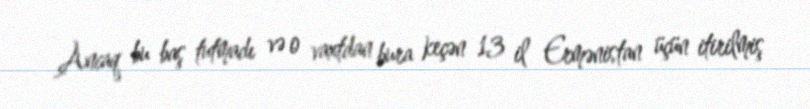
Ancaq bu baş tutmadı və o vaxtdan bura keçən 13 il Ermənistan üçün itirilmiş